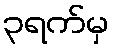
၃ရက်မှ